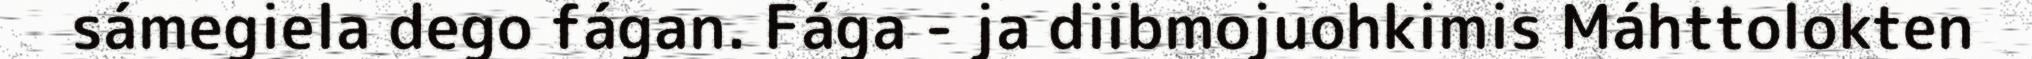
sámegiela dego fágan. Fága - ja diibmojuohkimis Máhttolokten